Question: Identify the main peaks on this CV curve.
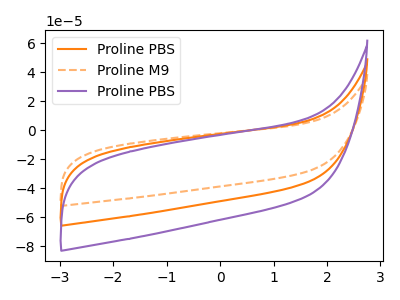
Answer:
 <answer>The orange curve "Proline PBS" has no peaks. The orange dashed curve "Proline M9" has no peaks. The purple curve "Proline PBS" has no peaks.</answer>
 <eval></eval>